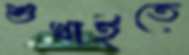
শুখাইতে